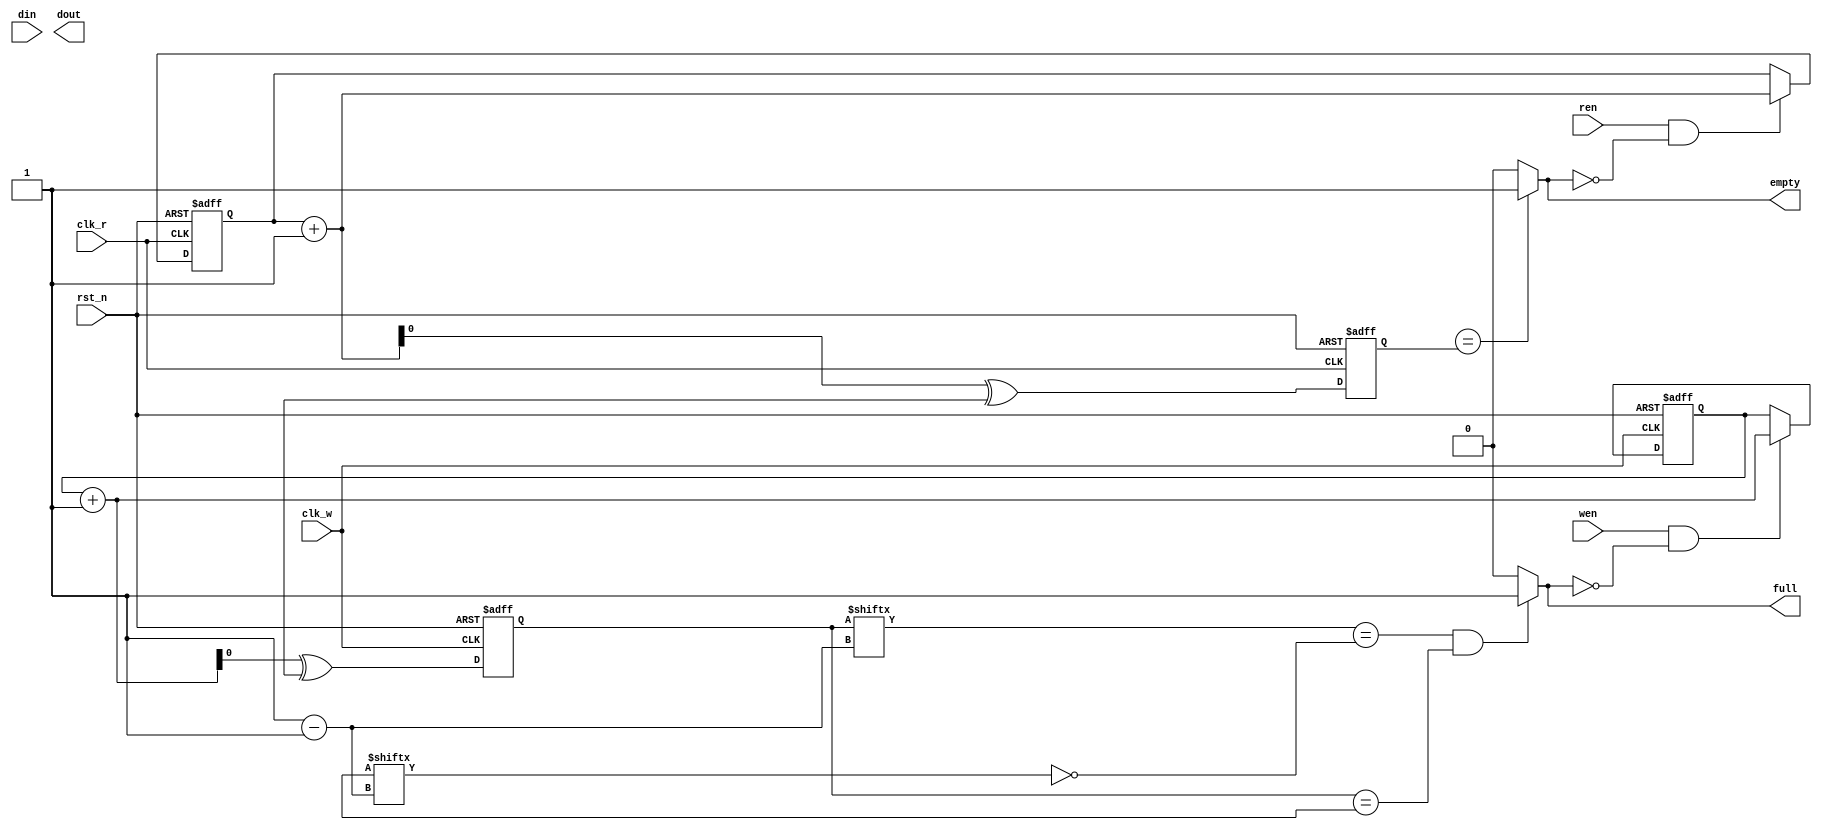
module async_fifo#(
    parameter DATA_WIDTH = 16,
    parameter FIFO_DEPTH = 5)(
    input rst_n,
    input clk_w,
    input clk_r,
    input[DATA_WIDTH-1:0] din,
    input wen,
    input ren,
    output [DATA_WIDTH-1:0] dout,
    output full,
    output empty
    );

    reg[FIFO_DEPTH:0] wrptr;
    reg[FIFO_DEPTH:0] rdptr;
    reg[DATA_WIDTH-1:0] fifo_mem[0:2**FIFO_DEPTH -1];


    wire wenq;
    wire renq;

    assign wenq = wen &(~full);
    assign renq = ren &(~empty);

    assign empty  = (wrptr_gray_ss == rdptr_gray) ? 1'b1:1'b0;
    assign full   = ((wrptr_gray[PTR_WIDTH:PTR_WIDTH-1] == (~rdptr_gray_ss[PTR_WIDTH:PTR_WIDTH-1])) && (wrptr_gray[PTR_WIDTH-2:0] == rdptr_gray_ss[PTR_WIDTH-2:0])) ? 1'b1:1'b0;


    always@(posedge clk_w or negedge rst_n) begin
        if(~rst_n) begin
            wrptr <= {FIFO_DEPTH{1'b0}};
        end
        else if(wenq) begin
            wrptr <= wrptr + 1'b1;
            fifo_mem[wrptr[FIFO_DEPTH-1 :0]] <= DIN;
        end
    end

    assign wrptr_next = wrptr + 1'b1;

    always@(posedge clk_w or negedge rst_n) begin
        if(~rst_n) begin
            wrptr_gray <= {FIFO_DEPTH{1'b0}};
        end
        else
            wrptr_gray <= wrptr_next ^ {1'b0, wrptr_next[FIFO_DEPTH:1]};
    end

    always@(posedge clk_r or negedge rst_n) begin
        if(~rst_n) begin
            wrptr_gray_1d <= {FIFO_DEPTH{1'b0}};
            wrptr_gray_2d <= {FIFO_DEPTH{1'b0}};
        end
        else begin
            wrptr_gray_1d <= wrptr_gray;
            wrptr_gray_2d <= wrptr_gray_1d;            
        end
    end


    always@(posedge clk_r or negedge rst_n) begin
        if(~rst_n) begin
            rdptr <= {FIFO_DEPTH{1'b0}};
        end
        else if(renq) begin
            rdptr <= rdptr + 1'b1;
        end
    end

    assign rdptr_next = rdptr + 1'b1;

    always @(posedge clk_r or negedge rst_n) begin
        if(~rst_n) begin
            rdptr_gray <= {FIFO_DEPTH{1'b0}};
        end
        else
            rdptr_gray <= rdptr_next ^ {1'b0, rdptr_next[FIFO_DEPTH:1]};
    end

    always@(posedge clk_w or negedge rst_n) begin
        if(~rst_n) begin
            rdptr_gray_1d <= {FIFO_DEPTH{1'b0}};
            rdptr_gray_2d <= {FIFO_DEPTH{1'b0}};
        end
        else begin
            rdptr_gray_1d <= rdptr_gray;
            rdptr_gray_2d <= rdptr_gray_1d;            
        end
    end


endmodule